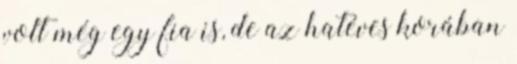
volt még egy fia is, de az hatéves korában